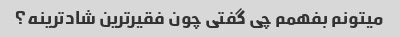
میتونم بفهمم چی گفتی چون فقیرترین شادترینه؟